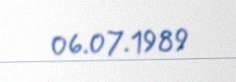
06.07.1989